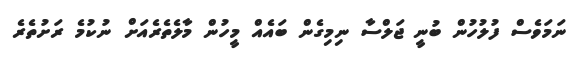
ނަމަވެސް ފުލުހުން ބުނީ ޖަލްސާ ނިމިގެން ބައެއް މީހުން މާލެތެރެއަށް ނުކުމެ ރަށުތެރެ